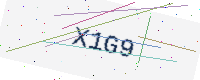
Text: X1G9